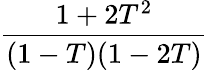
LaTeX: \frac{1+2T^{2}}{(1-T)(1-2T)}